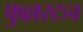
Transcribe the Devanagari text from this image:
फुल्लरटन